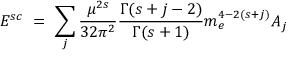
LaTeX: { \cal E } ^ { s c } \ = \ \sum _ { j } \frac { \mu ^ { 2 s } } { 3 2 \pi ^ { 2 } } \frac { \Gamma ( s + j - 2 ) } { \Gamma ( s + 1 ) } m _ { e } ^ { 4 - 2 ( s + j ) } A _ { j }